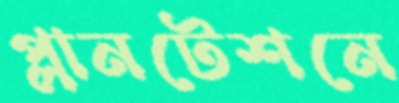
প্লানটেশনে